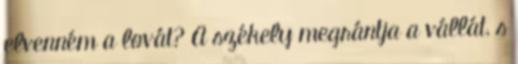
elvenném a lovát? A székely megrántja a vállát, s